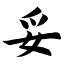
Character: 妥